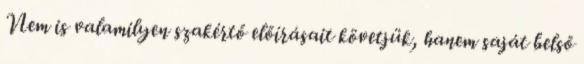
Nem is valamilyen szakértő előírásait követjük, hanem saját belső